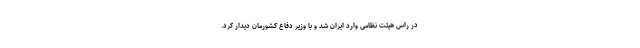
در راس هیئت نظامی وارد ایران شد و با وزیر دفاع کشورمان دیدار کرد.